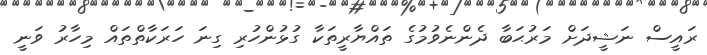
ރައީސް ނަޝީދަށް މަރުޙަބާ ދެންނެވުމުގެ ތައްޔާރީތަކާ ގުޅުންހުރި ގިނަ ހަރަކާތްތައް މިހާރު ވަނީ